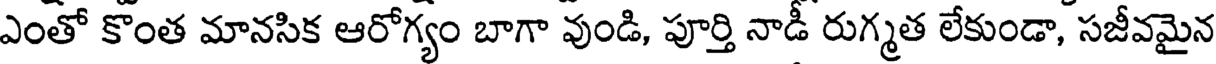
ఎంతో కొంత మానసిక ఆరోగ్యం బాగా వుండి, పూర్తి నాడీ రుగ్మత లేకుండా, సజీవమైన